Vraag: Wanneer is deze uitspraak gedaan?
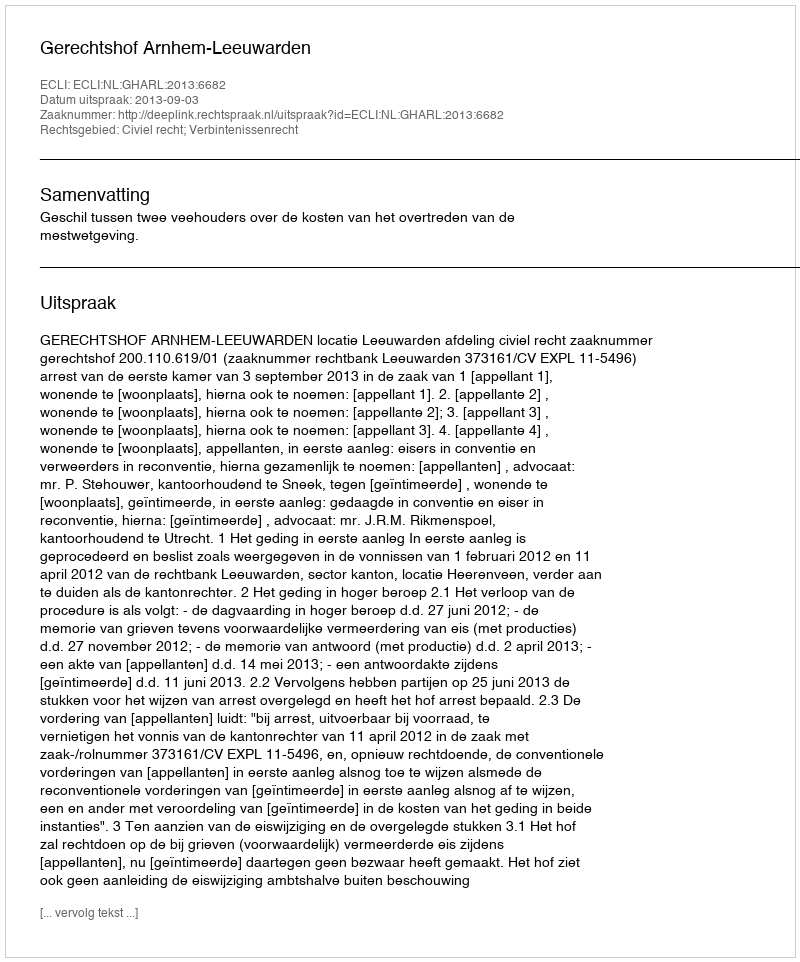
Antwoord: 2013-09-03